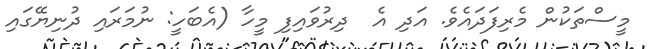
މީސްތަކުން މެރިފަދައެވެ. އަދި އެ  ދިރުވައިފި މީހާ (އެބަހީ: ނުމަރައި ދުނިޔޭގައި